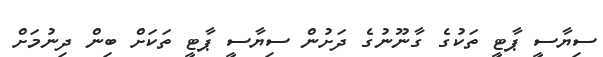
ސިޔާސީ ޕާޓީ ތަކުގެ ގާނޫނުގެ ދަށުން ސިޔާސީ ޕާޓީ ތަކަށް ބިން ދިނުމަށް